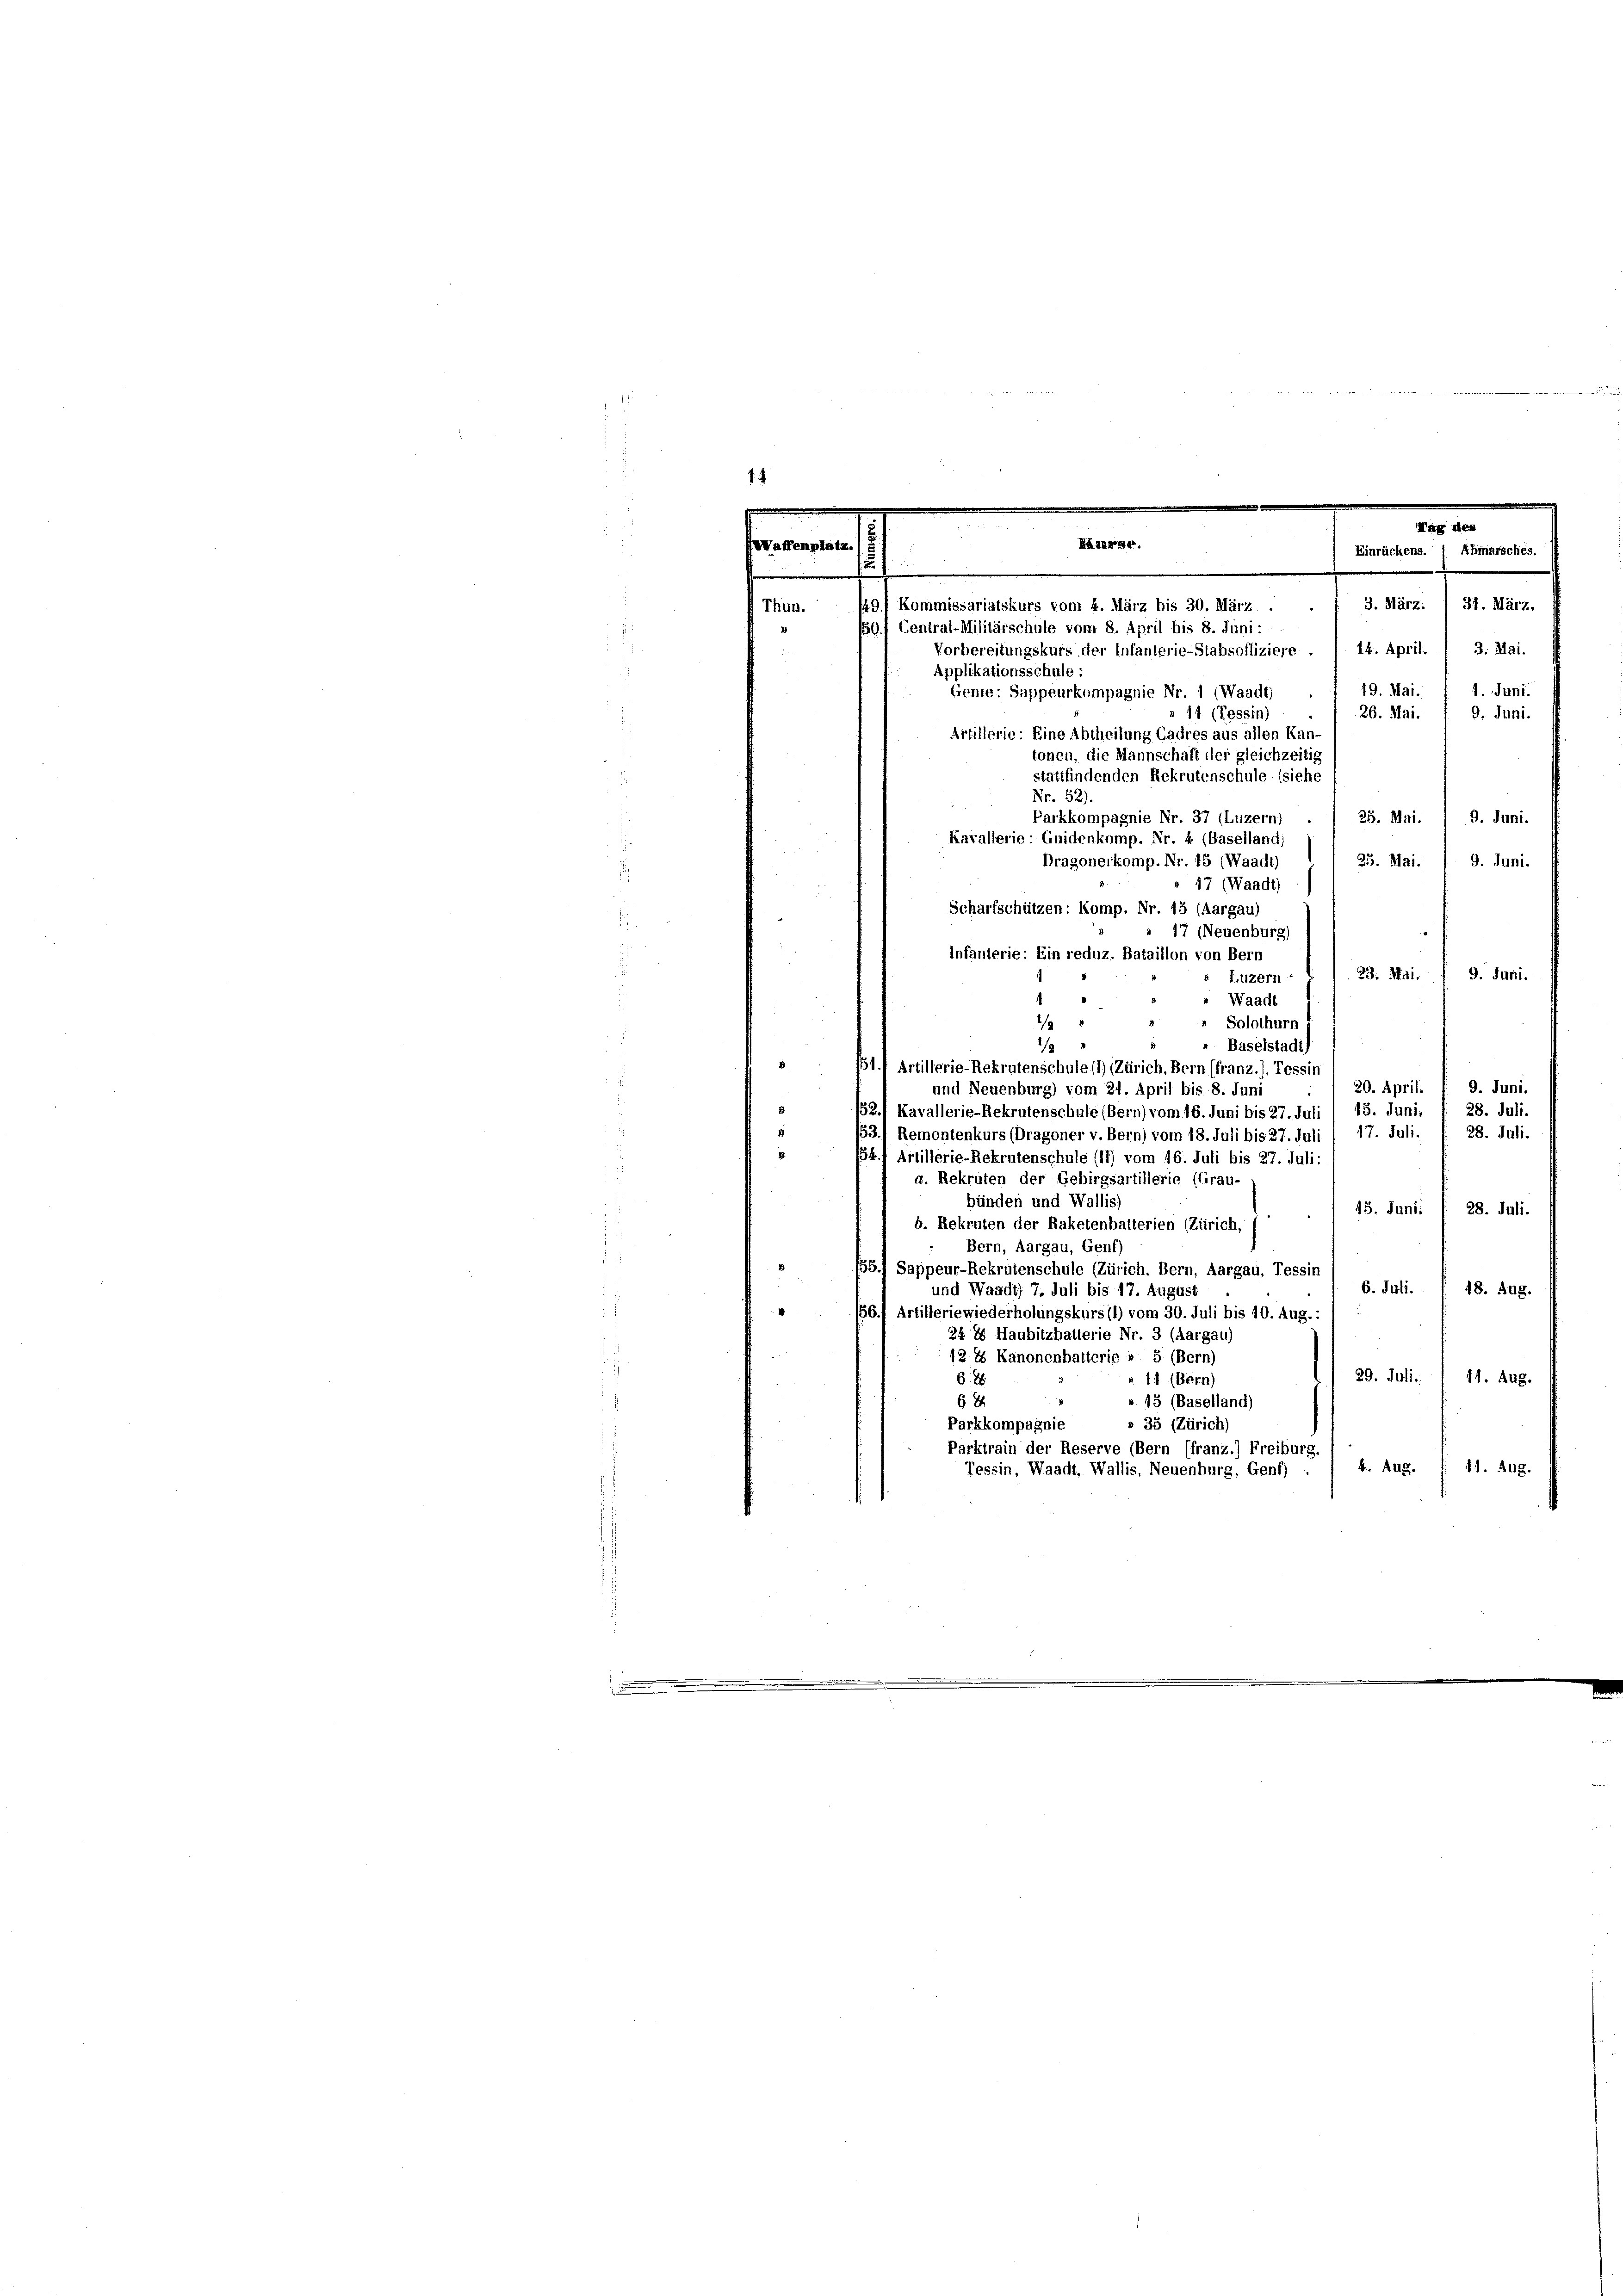
1 des an deren ist einen der
7.7.

.
Mag des
u
Bäzurar.
Waffenplatz
Einrückens. ) Abmarsches.
.
.
3. März. / 31. März.
/91 Kommissariatskurs vom 4. März bis 30. März.
Thun.
/0f Central-Militärschule vom 8. April bis 8. Juni:
Vorbereitungskurs der Infanterie-Stabsoffiziere . / 14. April. 1 3. Mai.
Applikationsschule
19. Mai.
1. Juni.
Genie: Sappeurkompagnie Nr. 1 (Waadt,
26. Mai.
11 (Tessin)
9. Juni.
Artillerie. Eine Abtheilung Cadres aus allen Kan
tonen, die Mannschaft der gleichzeitig
stattfindenden Rekrutenschule (siehe
Nr. 52).

25. Mai. / 9. Juni.
Parkkompagnie Nr. 37 (Luzern)
Karallerie: Quidenkamp. Nr. 4 (Baselland;
25. Mai. f. 9. Juni.
Dragonerkomp. Nr. 45 (Waadt)
" 17 (Waadt)
Scharfschützen: Komp. Nr. 15 (Aargau)
17 (Neuenburg)
Infanterie: Ein reduz. Bataillon von Bern
G. Juni.
29. Mai.
Luzern
" Waadt
d
“ Solothurn
2/9 1
1/
Baselstadt
d
51f Artillerie-Rekrutenschule (1) (Zürich, Bern (franz.). Tessin
9. Juni.
20. Aprili
und Neuenburg) vom 21. April bis 8. Juni
28. Juli.
152f Kavallerie-Rekrutenschule (Bern) vom 16. Juni bis 27. Juli / 15. Juni.
53.) Remontenkurs (Dragoner v. Bern) vom 18. Juli bis 27. Juli / 17. Juli.
28. Juli.
2.
54.) Artillerie-Rekrutenschule (11) vom 16. Juli bis 27. Juli,
«. Rekruten der Gebirgsartillerie (frau.
bünden und Wallis)
15. Juni
28. Juli.
b. Rekruten der Raketenbatterien (Zürich,
Bern, Aargau, Genf)
/55.) Sappeur-Rekrutenschule (Zürich. Bern, Aargau, Tessin
6. Juli.
18. Aug.
und Waadt 7. Juli bis 17. August
“
56.) Artilleriewiederholungskurs (1) vom 30. Juli bis 10. Aug.
24. 88 Haubitzhatterie Nr. 3 (Aargau)
12 2 Kanonenhalterie » 5 (Bern)
29. Juli 1 11. Aug.
688
 11 (Bern)
». 13 (Baselland)
68
§ 35 (Zürich)
Parkkompagnie
Parktrain der Reserve (Bern (franz.) Freiburg.
k. Aug. 1. 41. 448.
Tessin, Waadt. Wallis. Neuenburg, Genf)